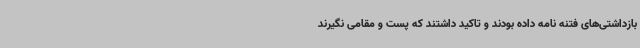
بازداشتی‌های فتنه نامه داده بودند و تاکید داشتند که پست و مقامی نگیرند